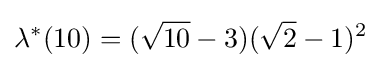
\lambda ^{*}(10)=({\sqrt {10}}-3)({\sqrt {2}}-1)^{2}